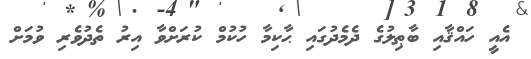
އެއީ ހައްޤާއި ބާޠިލުގެ ދެމެދުގައި ޙާކިމާ ހުކުމް ކުރަށްވާ އިރު ތެދުވެރި ވުމަށް